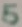
Text: 5